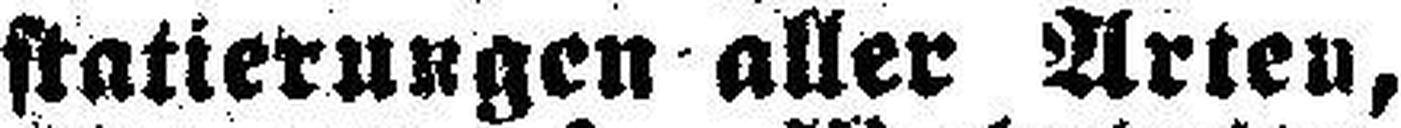
statierungen aller Arten,